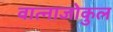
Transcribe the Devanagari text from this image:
वात्नाजोकुल